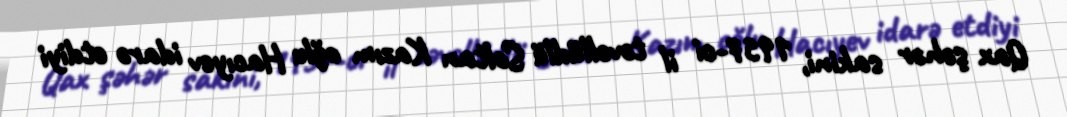
Qax şəhər sakini, 1957-ci il təvəllüdlü Soltan Kazım oğlu Hacıyev idarə etdiyi